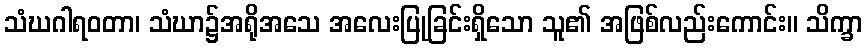
သံဃဂါရဝတာ၊ သံဃာ၌အရိုအသေ အလေးပြုခြင်းရှိသော သူ၏ အဖြစ်လည်းကောင်း။ သိက္ခာ